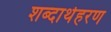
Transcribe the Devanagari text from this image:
शब्दार्थहरण